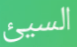
السيئ